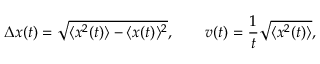
\Delta x ( t ) = \sqrt { \langle x ^ { 2 } ( t ) \rangle - \langle x ( t ) \rangle ^ { 2 } } , \qquad v ( t ) = \frac { 1 } { t } \sqrt { \langle x ^ { 2 } ( t ) \rangle } ,